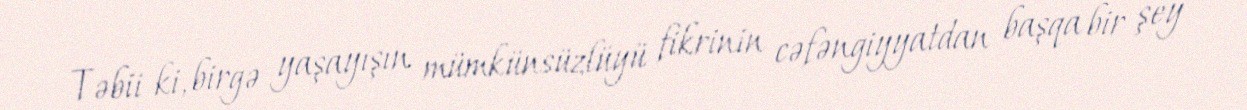
Təbii ki, birgə yaşayışın mümkünsüzlüyü fikrinin cəfəngiyyatdan başqa bir şey